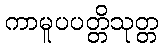
ကာမူပပတ္တိသုတ္တ